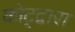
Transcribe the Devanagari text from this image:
कोट्द्वारा